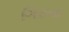
ગિરના